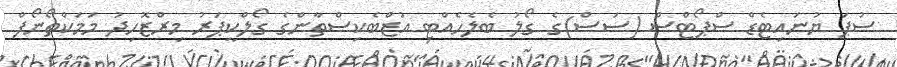
ސުޕަ ޔުނައިޓެޑް ސްޕޯޓްސް (ސަސް)ގެ ގޯލު ބެލެހެއްޓި އުޒްބެކިސްތާންގެ ގޯލްކީޕަރު މިރްޒޮހިދު މަމަކްތޯނޯފް